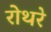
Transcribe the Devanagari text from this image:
रोथरे